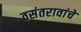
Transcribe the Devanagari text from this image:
वसंतरावांचे